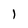
Character: I